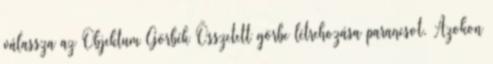
válassza az Objektum Görbék Összetett görbe létrehozása parancsot. Azokon